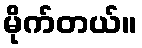
မိုက်တယ်။